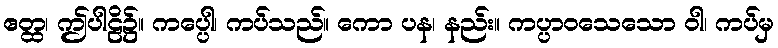
ဧတ္ထ၊ ဤပါဠိ၌။ ကပ္ပေါ၊ ကပ်သည်။ ကော ပန၊ နည်း။ ကပ္ပာဝသေသော ဝါ၊ ကပ်မှ